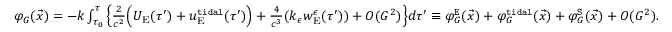
\begin{array} { r } { \varphi _ { G } ( \vec { x } ) = - k \int _ { \tau _ { 0 } } ^ { \tau } \Big \{ \frac { 2 } { c ^ { 2 } } \Big ( U _ { \mathrm { E } } ( \tau ^ { \prime } ) + u _ { \mathrm { E } } ^ { \tt t i d a l } ( \tau ^ { \prime } ) \Big ) + \frac { 4 } { c ^ { 3 } } ( k _ { \epsilon } w _ { \mathrm { E } } ^ { \epsilon } ( \tau ^ { \prime } ) ) + { \cal O } ( G ^ { 2 } ) \Big \} d \tau ^ { \prime } \equiv \varphi _ { G } ^ { \tt E } ( \vec { x } ) + \varphi _ { G } ^ { \tt t i d a l } ( \vec { x } ) + \varphi _ { G } ^ { \tt S } ( \vec { x } ) + { \cal O } ( G ^ { 2 } ) . ~ } \end{array}